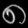
Digit: ၈